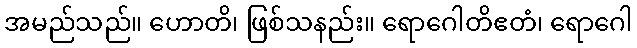
အမည်သည်။ ဟောတိ၊ ဖြစ်သနည်း။ ရောဂေါတိဧတံ၊ ရောဂေါ